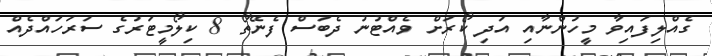
ގެއްލިފައިވާ މީހުންނާއި އަދި ކޯރަށް ވެއްޓުނު ދެބަސް ފެނޭތޯ 8 ކިލޯމީޓަރުގެ ސަރަހައްދެއް